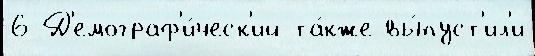
6 Д'емограф'и́ческ'ий та́кже вы́пуст'ил'и